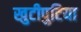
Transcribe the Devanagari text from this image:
खुटीपुटिया